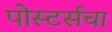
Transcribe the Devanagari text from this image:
पोस्टर्सचा